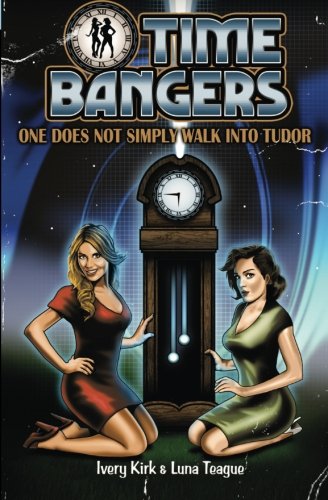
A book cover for One Does Not Simply Walk into Tudor (TimeBangers) (Volume 1); Ivery Kirk; Romance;